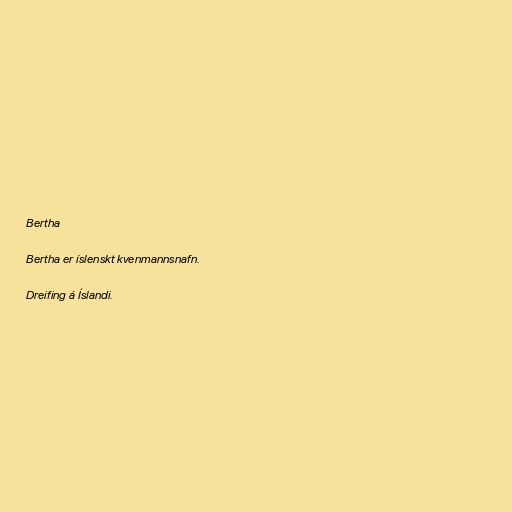
Bertha

Bertha er íslenskt kvenmannsnafn.

Dreifing á Íslandi.